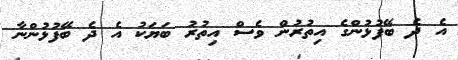
އެ ދެ ބޭފުޅުންގެ އިތުރުން ވެސް އިތުރު ބަޔަކު އެ ދެ ބޭފުޅުންނާ